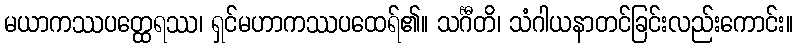
မယာကဿပတ္ထေရဿ၊ ရှင်မဟာကဿပထေရ်၏။ သင်္ဂီတိ၊ သံဂါယနာတင်ခြင်းလည်းကောင်း။